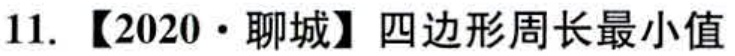
11.【2020·聊城】四边形周长最小值